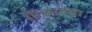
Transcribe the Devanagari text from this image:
पिलाएगा